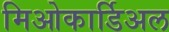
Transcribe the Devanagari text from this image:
मिओकार्डिअल